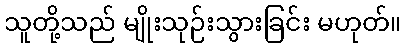
သူတို့သည် မျိုးသုဉ်းသွားခြင်း မဟုတ်။